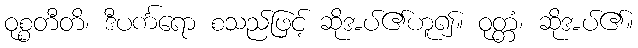
ဝုစ္စတီတိ၊ ဒီပင်္ကရော စသည်ဖြင့် ဆိုအပ်၏ဟူ၍။ ဝုတ္တံ၊ ဆိုအပ်၏။